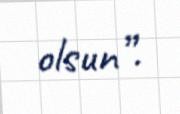
olsun”.